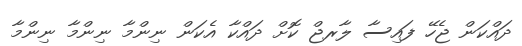
ދައްކަން ޖެހޭ ފައިސާ ލާރޖް ކޮށް ދައްކާ އެކަން ނިންމާ ނިންމާ ނިންމާ